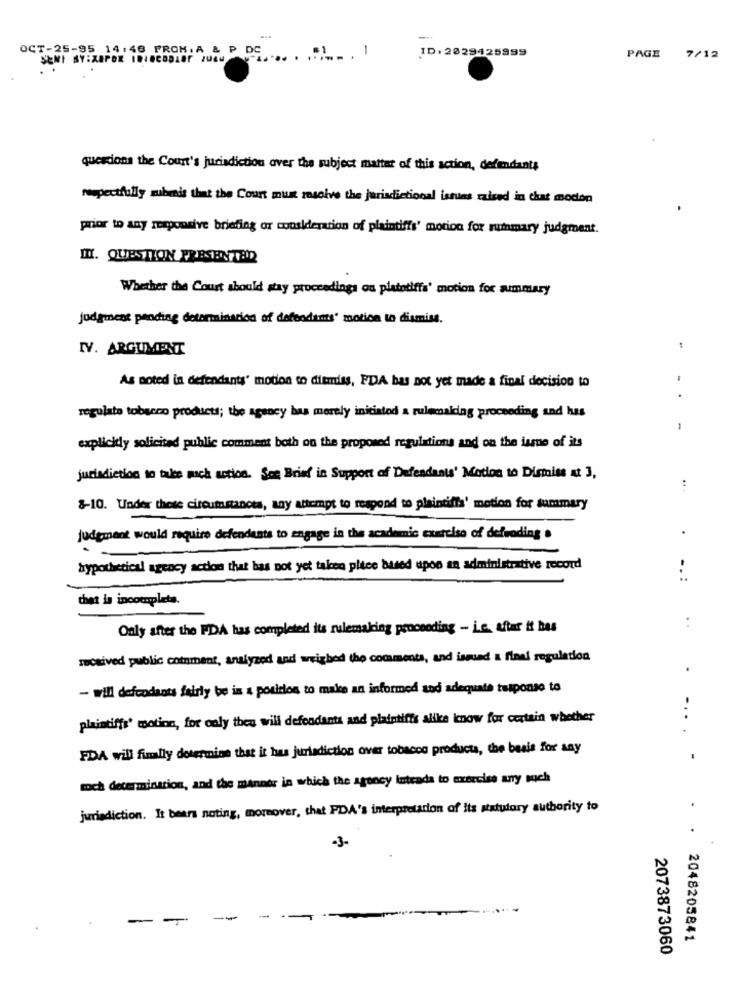
OCT-25-95 14:46 FROM.A & P DE ... . ... .
ID. 2029425999
PAGE
7/12
questions the Court's jurisdiction over the subject matter of this action, defendants
respectfully mibenis that the Court mus resolve the jurisdictional isues raised in chat modon
prior to any responsive briefing or consideration of plaintiffs' motion for summary judgment.
II. QUESTION PRESENTED
Whether the Court should stay proceedings ou platotiffs' motion for summary
judgment pending determination of defendants' motion to dismiss.
IV. ARGUMENT
As noted is defendants' motion to dismiss, PDA has not yet made a final decision to
..
regulate tobacco products; the agency bas merely initiated a rulemaking proceeding and has
1
explicidy solicited public comment both on the proposed regulations and on the isme of its
jurisdiction to take mich action. See Brief in Support of Defendants' Motion to Dismiss at 3,
:
8-10. Under these circumstancts, any attempt to respond to plaintiffs' motion for summary
judgment would require defendants to engage in the academic exercise of defending .
hypothetical agency action that has not yet taken place based upon an administrative record
..:
that is incomplets.
:
Only after the FDA has completed its rulemaking proceeding - Le. aftar it has
received public comoment, analyzed and weighed the comments, and issued a final regulation
.
- will defcodants fairly be in a position to make an informed and adequate tusponso to
plaintiffs' motion, for only theu will defendants and plaintiffs alike know for certain whether
FDA will finally determine that it has jurisdiction over tobacco products, the basis for any
toch determination, and the manner in which the agency inteada to exercise any such
jurisdiction. It bears noting, moreover, that PDA's interpretation of Its statutory authority to
.
-3-
--
2048205841
2073873060